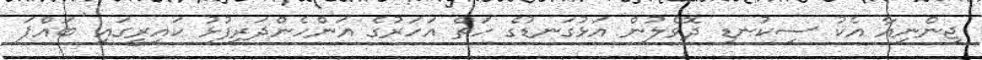
ޖިންނިއާ އެކު ސިކުނޑި ދޮވެލުން އަޅުގަނޑުގެ ހަތް އަހަރުގެ އަންހެންދަރިފުޅު ކައިރީގައި 'ބައްޕަ